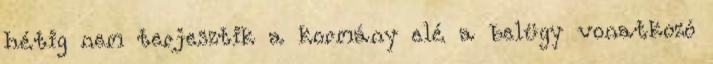
hétig nem terjesztik a kormány elé a belügy vonatkozó